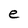
Character: e